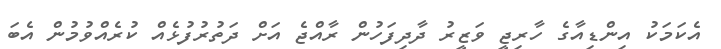
އެކަމަކު އިންޑިއާގެ ހާރިޖީ ވަޒީރު ދާދިފަހުން ރާއްޖެ އަށް ދަތުރުފުޅެއް ކުރެއްވުމުން އެބަ